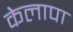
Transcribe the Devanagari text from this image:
केलापा